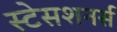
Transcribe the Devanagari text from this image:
स्टेसशनर्स